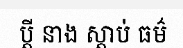
ប្តី នាង ស្តាប់ ធម៌